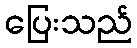
ပြေးသည်